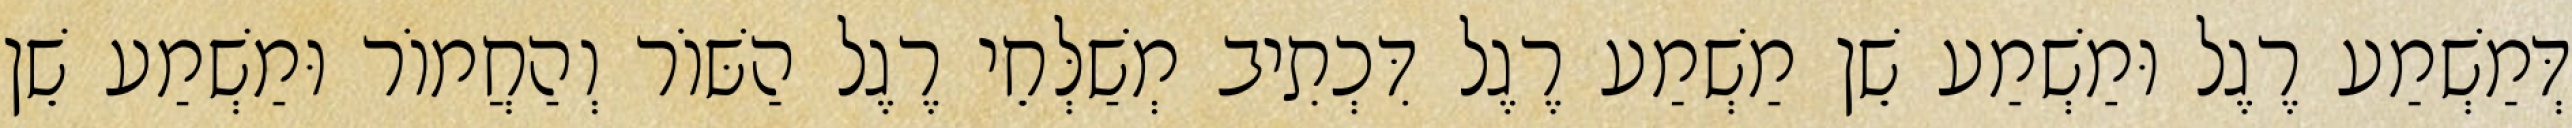
דְּמַשְׁמַע רֶגֶל וּמַשְׁמַע שֵׁן מַשְׁמַע רֶגֶל דִּכְתִיב מְשַׁלְּחֵי רֶגֶל הַשּׁוֹר וְהַחֲמוֹר וּמַשְׁמַע שֵׁן